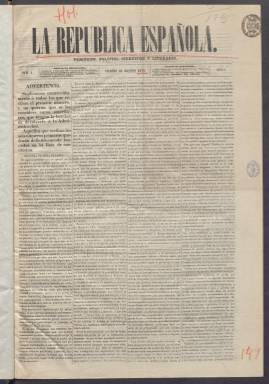
Título: La República española (Alicante)
Colección: Periódicos
Ámbito geográfico: Alicante
Lugar de publicación: Alicante
Fechas: 26/08/1870-03/12/1870